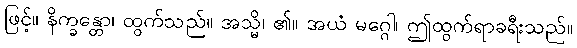
ဖြင့်။ နိက္ခန္တော၊ ထွက်သည်။ အသ္မိ၊ ၏။ အယံ မဂ္ဂေါ၊ ဤထွက်ရာခရီးသည်။